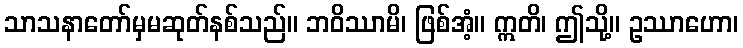
သာသနာတော်မှမဆုတ်နစ်သည်။ ဘဝိဿာမိ၊ ဖြစ်အံ့။ ဣတိ၊ ဤသို့။ ဥဿာဟော၊